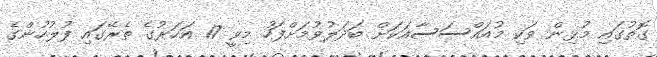
ގޮތުގައި މުޅިން ވަކި މުއައްސަސާއަކަށް ބަދަލުވުމަށްފަހު މިވީ 17 އަހަރުގެ ތެރޭގައި ފުލުހުންގެ